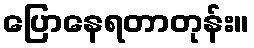
ပြောနေရတာတုန်း။